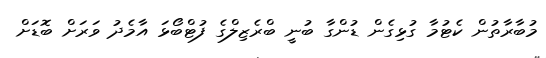
މުބާރާތުން ކެޓުމާ ގުޅިގެން ޑުންގާ ބުނީ ބްރެޒިލްގެ ފުޓްބޯޅަ އާމެދު ވަރަށް ބޮޑަށް